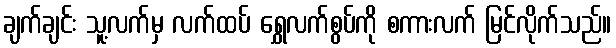
ချက်ချင်း သူ့လက်မှ လက်ထပ် ရွှေလက်စွပ်ကို စကားလက် မြင်လိုက်သည်။